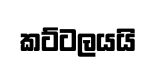
කට්ටලයයි